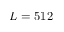
L = 5 1 2